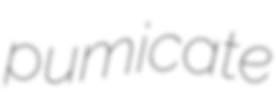
pumicate